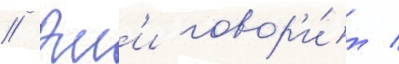
// Эм'и говор'и́т /